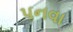
પનવા